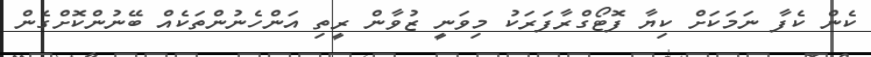
ކެން ކެފާ ނަމަކަށް ކިޔާ ފޮޓޯގްރާފަރަކު މިވަނީ ޒުވާން ރީތި އަންހެނުންތަކެއް ބޭނުންކޮށްގެން